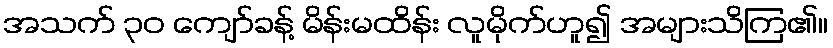
အသက် ၃၀ ကျော်ခန့် မိန်းမထိန်း လူမိုက်ဟူ၍ အများသိကြ၏။